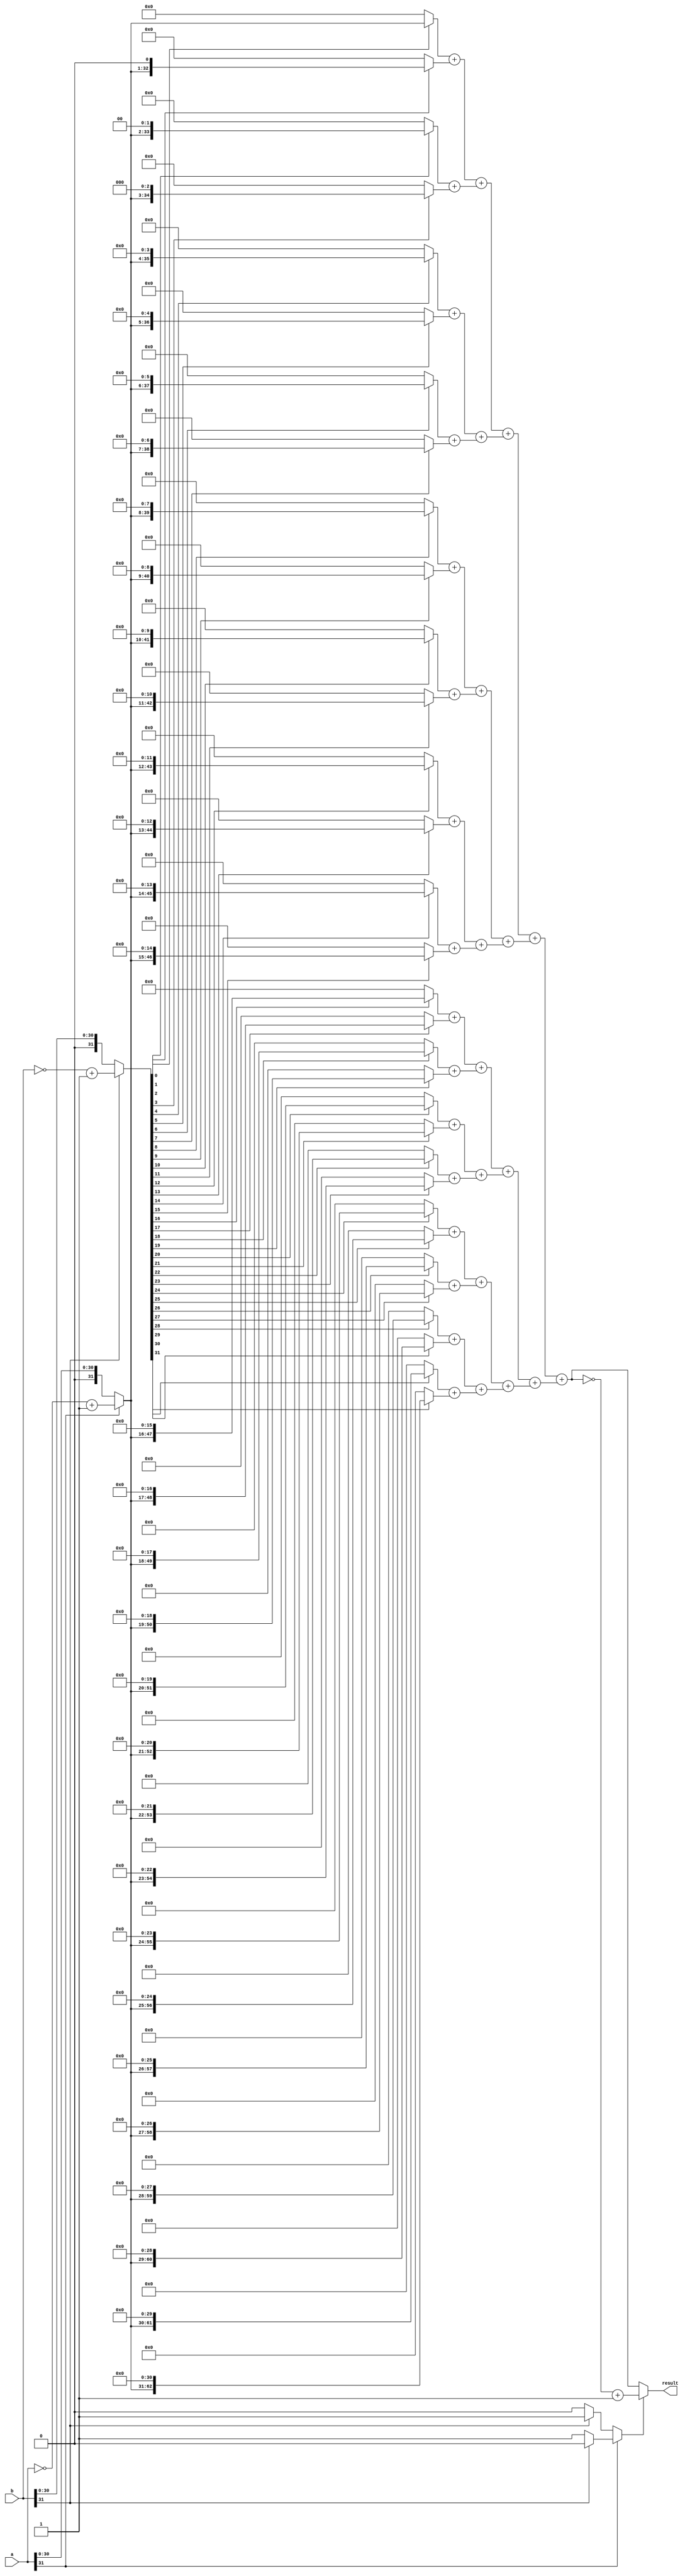
module MULT1 (
    input [31:0] a,
    input [31:0] b,
    output [63:0] result
);

wire sign;
assign sign = (a[31] == 0) ? ((b[31] == 0) ? 1'b0 : 1'b1) : ((b[31] == 0) ? 1'b1 : 1'b0);
wire [31:0] posa;
wire [31:0] posb;
assign posa = a[31] ? ~a + 1 : a;
assign posb = b[31] ? ~b + 1 : b;
wire [63:0] adder[62:0];
assign adder[0] = posb[0] ? {32'b0, posa} : 64'b0;
assign adder[1] = posb[1] ? {31'b0, posa, 1'b0} : 64'b0;
assign adder[2] = posb[2] ? {30'b0, posa, 2'b0} : 64'b0;
assign adder[3] = posb[3] ? {29'b0, posa, 3'b0} : 64'b0;
assign adder[4] = posb[4] ? {28'b0, posa, 4'b0} : 64'b0;
assign adder[5] = posb[5] ? {27'b0, posa, 5'b0} : 64'b0;
assign adder[6] = posb[6] ? {26'b0, posa, 6'b0} : 64'b0;
assign adder[7] = posb[7] ? {25'b0, posa, 7'b0} : 64'b0;
assign adder[8] = posb[8] ? {24'b0, posa, 8'b0} : 64'b0;
assign adder[9] = posb[9] ? {23'b0, posa, 9'b0} : 64'b0;
assign adder[10] = posb[10] ? {22'b0, posa, 10'b0} : 64'b0;
assign adder[11] = posb[11] ? {21'b0, posa, 11'b0} : 64'b0;
assign adder[12] = posb[12] ? {20'b0, posa, 12'b0} : 64'b0;
assign adder[13] = posb[13] ? {19'b0, posa, 13'b0} : 64'b0;
assign adder[14] = posb[14] ? {18'b0, posa, 14'b0} : 64'b0;
assign adder[15] = posb[15] ? {17'b0, posa, 15'b0} : 64'b0;
assign adder[16] = posb[16] ? {16'b0, posa, 16'b0} : 64'b0;
assign adder[17] = posb[17] ? {15'b0, posa, 17'b0} : 64'b0;
assign adder[18] = posb[18] ? {14'b0, posa, 18'b0} : 64'b0;
assign adder[19] = posb[19] ? {13'b0, posa, 19'b0} : 64'b0;
assign adder[20] = posb[20] ? {12'b0, posa, 20'b0} : 64'b0;
assign adder[21] = posb[21] ? {11'b0, posa, 21'b0} : 64'b0;
assign adder[22] = posb[22] ? {10'b0, posa, 22'b0} : 64'b0;
assign adder[23] = posb[23] ? {9'b0, posa, 23'b0} : 64'b0;
assign adder[24] = posb[24] ? {8'b0, posa, 24'b0} : 64'b0;
assign adder[25] = posb[25] ? {7'b0, posa, 25'b0} : 64'b0;
assign adder[26] = posb[26] ? {6'b0, posa, 26'b0} : 64'b0;
assign adder[27] = posb[27] ? {5'b0, posa, 27'b0} : 64'b0;
assign adder[28] = posb[28] ? {4'b0, posa, 28'b0} : 64'b0;
assign adder[29] = posb[29] ? {3'b0, posa, 29'b0} : 64'b0;
assign adder[30] = posb[30] ? {2'b0, posa, 30'b0} : 64'b0;
assign adder[31] = posb[31] ? {1'b0, posa, 31'b0} : 64'b0;

assign adder[32] = adder[0] + adder[1];
assign adder[33] = adder[2] + adder[3];
assign adder[34] = adder[4] + adder[5];
assign adder[35] = adder[6] + adder[7];
assign adder[36] = adder[8] + adder[9];
assign adder[37] = adder[10] + adder[11];
assign adder[38] = adder[12] + adder[13];
assign adder[39] = adder[14] + adder[15];
assign adder[40] = adder[16] + adder[17];
assign adder[41] = adder[18] + adder[19];
assign adder[42] = adder[20] + adder[21];
assign adder[43] = adder[22] + adder[23];
assign adder[44] = adder[24] + adder[25];
assign adder[45] = adder[26] + adder[27];
assign adder[46] = adder[28] + adder[29];
assign adder[47] = adder[30] + adder[31];

assign adder[48] = adder[32] + adder[33];
assign adder[49] = adder[34] + adder[35];
assign adder[50] = adder[36] + adder[37];
assign adder[51] = adder[38] + adder[39];
assign adder[52] = adder[40] + adder[41];
assign adder[53] = adder[42] + adder[43];
assign adder[54] = adder[44] + adder[45];
assign adder[55] = adder[46] + adder[47];

assign adder[56] = adder[48] + adder[49];
assign adder[57] = adder[50] + adder[51];
assign adder[58] = adder[52] + adder[53];
assign adder[59] = adder[54] + adder[55];

assign adder[60] = adder[56] + adder[57];
assign adder[61] = adder[58] + adder[59];

assign adder[62] = adder[60] + adder[61];

assign result = sign ? ~adder[62] + 1 : adder[62];

endmodule